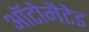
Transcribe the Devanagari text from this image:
ऑटोमैटेड